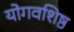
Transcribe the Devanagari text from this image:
योगवशिष्ठ